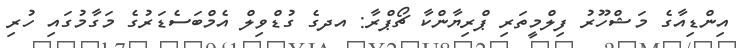
އިންޑިއާގެ މަޝްހޫރު ފިލްމީތަރި ޕްރިޔާންކާ ޗޯޕްރާ: އދގެ ގުޑްވިލް އެމްބަސެޑަރުގެ މަގާމުގައި ހުރި